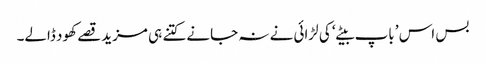
بس اس ’باپ بیٹے‘ کی لڑائی نے نہ جانے کتنے ہی مزید قصے کھود ڈالے۔